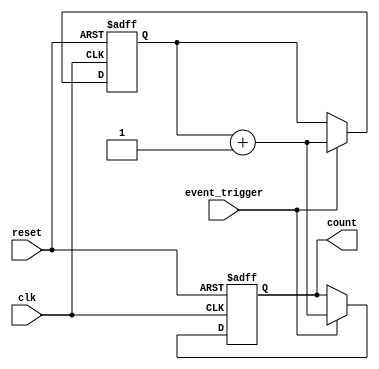
module event_triggered_counter (
    input wire clk,               // Clock signal
    input wire reset,             // Asynchronous reset signal
    input wire event_trigger,     // Event trigger input
    output reg [7:0] count        // Current count output (8-bit wide)
);

    // Memory block to store the count value
    reg [7:0] memory;             // 8-bit memory to hold the count

    // Synchronous process for counting and resetting
    always @(posedge clk or posedge reset) begin
        if (reset) begin
            // Reset the count to zero
            memory <= 8'b0;
            count <= 8'b0;
        end else if (event_trigger) begin
            // Increment the count on event trigger
            memory <= memory + 1;
            count <= memory + 1; // Update output count
        end
    end

endmodule